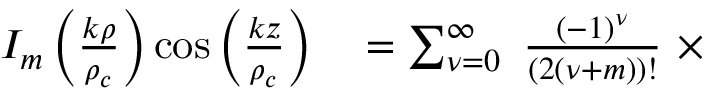
\begin{array} { r l } { I _ { m } \left( \frac { k \rho } { \rho _ { c } } \right) \cos \left( \frac { k z } { \rho _ { c } } \right) } & { { } = \sum _ { { \nu } = 0 } ^ { \infty } \ \frac { ( - 1 ) ^ { { \nu } } } { ( 2 ( { \nu } + m ) ) ! } \ \times } \end{array}